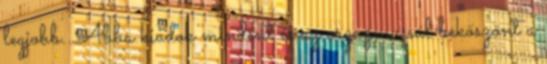
legjobb. Abba kiadok mindent és az orgazmussal beköszönt a